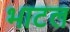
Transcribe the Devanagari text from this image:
भाटल